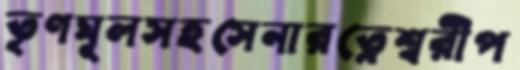
তৃণমূলসহসেনারত্নেশ্বরীপ